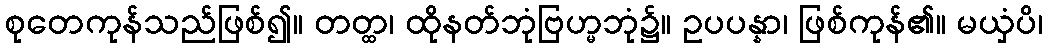
စုတေကုန်သည်ဖြစ်၍။ တတ္ထ၊ ထိုနတ်ဘုံဗြဟ္မဘုံ၌။ ဥပပန္နာ၊ ဖြစ်ကုန်၏။ မယှံပိ၊